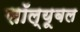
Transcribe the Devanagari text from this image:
सॉल्यूबल